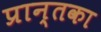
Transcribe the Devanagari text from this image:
प्रान्तका